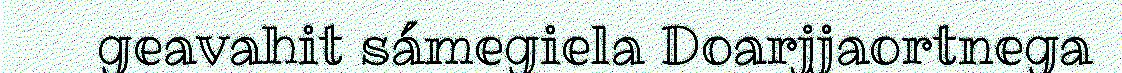
geavahit sámegiela Doarjjaortnega